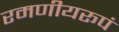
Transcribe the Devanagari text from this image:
रमणीयरूपं